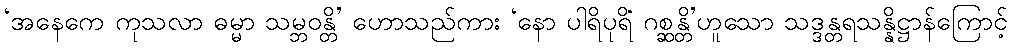
‘အနေကေ ကုသလာ ဓမ္မာ သမ္ဘဝန္တိ’ ဟောသည်ကား ‘နော ပါရိပုရိံ ဂစ္ဆန္တိ’ဟူသော သဒ္ဒန္တရသန္နိဋ္ဌာန်ကြောင့်